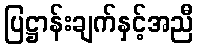
ပြဋ္ဌာန်းချက်နှင့်အညီ